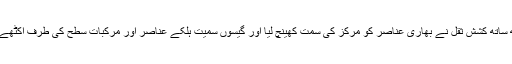
اِس کے ساتھ ساتھ کششِ ثقل نے بھاری عناصر کو مرکز کی سمت کھینچ لیا اور گیسوں سمیت ہلکے عناصر اور مُرکّبات سطح کی طرف اِکٹھے ہونے لگے۔